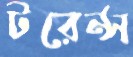
টরেন্স